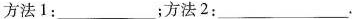
方法1：___；方法2：___。